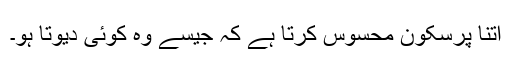
اتنا پُرسکون محسوس کرتا ہے کہ جیسے وہ کوئی دیوتا ہو۔